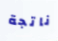
ناتجة